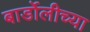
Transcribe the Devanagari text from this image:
बार्डोलीच्या